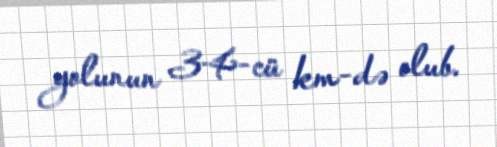
yolunun 34-cü km-də olub.